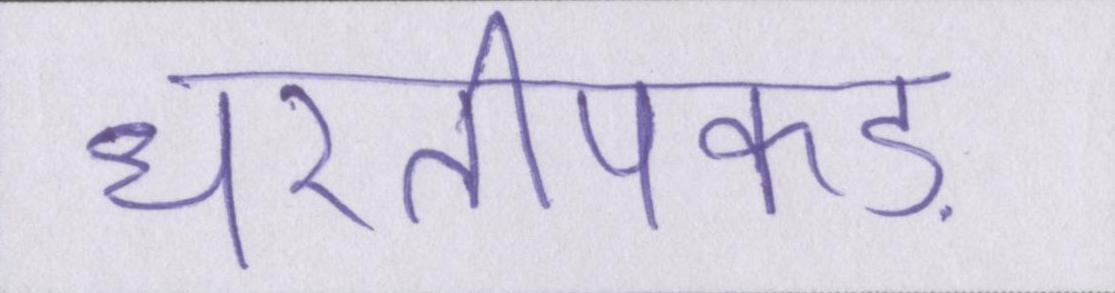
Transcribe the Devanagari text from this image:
धरतीपकड़